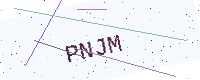
Text: PNJM